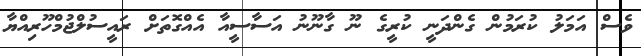
ވެސް އަމަލު ކުރަމުން ގެންދަނީ ކުރީގެ ނޫ ގާނޫނު އަސާސީއާ އެއްގޮތަށް ރައީސުލްޖުމްހޫރިއްޔާ